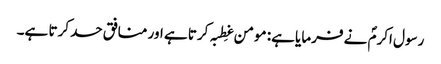
رسول اکرمؐ نے فرمایا ہے: مومن غِطبہ کرتا ہے اور منافق حسد کرتا ہے۔